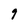
Character: 9